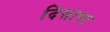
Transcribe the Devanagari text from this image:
दिशाचा